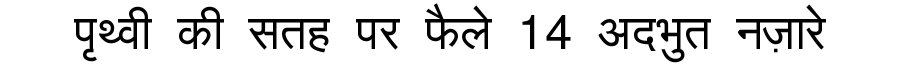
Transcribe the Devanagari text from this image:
पृथ्वी की सतह पर फैले 14 अदभुत नज़ारे